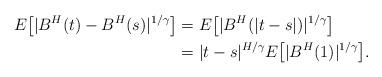
LaTeX: \begin{align*}E\big[ |B^H(t) - B^H(s)|^{1/\gamma} \big] & = E\big[ |B^H(|t-s|)|^{1/\gamma} \big]\\& = |t-s|^{H/\gamma}E\big[ |B^H(1)|^{1/\gamma} \big]. \end{align*}